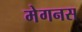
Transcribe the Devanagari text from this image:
मेगनस